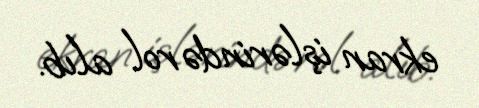
ekran işlərində rol alıb.